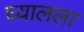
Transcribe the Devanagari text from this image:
घ्यालला